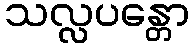
သလ္လပန္တော